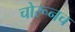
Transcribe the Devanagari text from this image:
चोरूनच